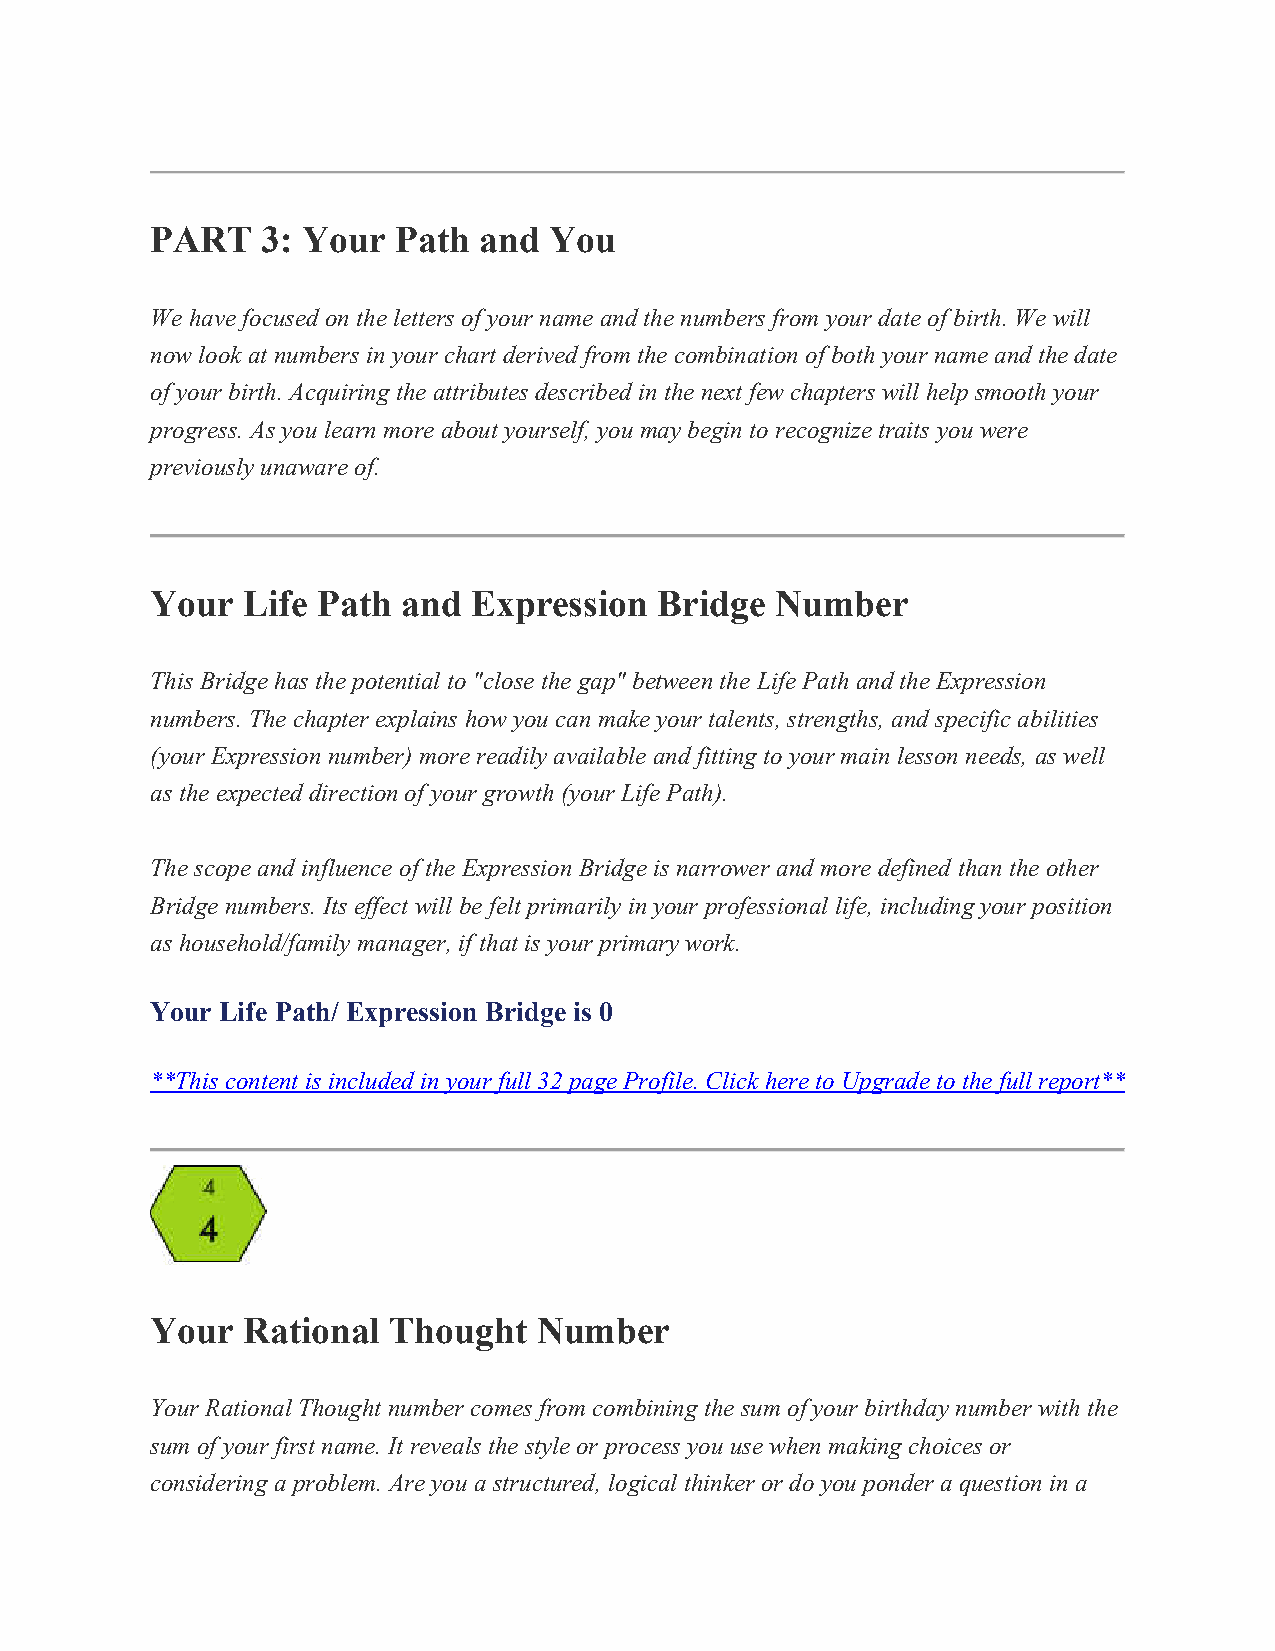
PART   3: Your  Path  and You
 We have focused on the letters of your name and the numbers from your date of birth. We will
 now look at numbers in your chart derived from the combination of both your name and the date
 of your birth. Acquiring the attributes described in the next few chapters will help smooth your
 progress. As you learn more about yourself, you may begin to recognize traits you were
 previously unaware of.
 Your  Life Path  and Expression   Bridge Number
 This Bridge has the potential to "close the gap" between the Life Path and the Expression
 numbers. The chapter explains how you can make your talents, strengths, and specific abilities
 (your Expression number) more readily available and fitting to your main lesson needs, as well
 as the expected direction of your growth (your Life Path).
 The scope and influence of the Expression Bridge is narrower and more defined than the other
 Bridge numbers. Its effect will be felt primarily in your professional life, including your position
 as household/family manager, if that is your primary work.
 Your Life Path/ Expression Bridge is 0
 **This content is included in your full 32 page Profile. Click here to Upgrade to the full report**
 Your  Rational  Thought   Number
 Your Rational Thought number comes from combining the sum of your birthday number with the
 sum of your first name. It reveals the style or process you use when making choices or
 considering a problem. Are you a structured, logical thinker or do you ponder a question in a